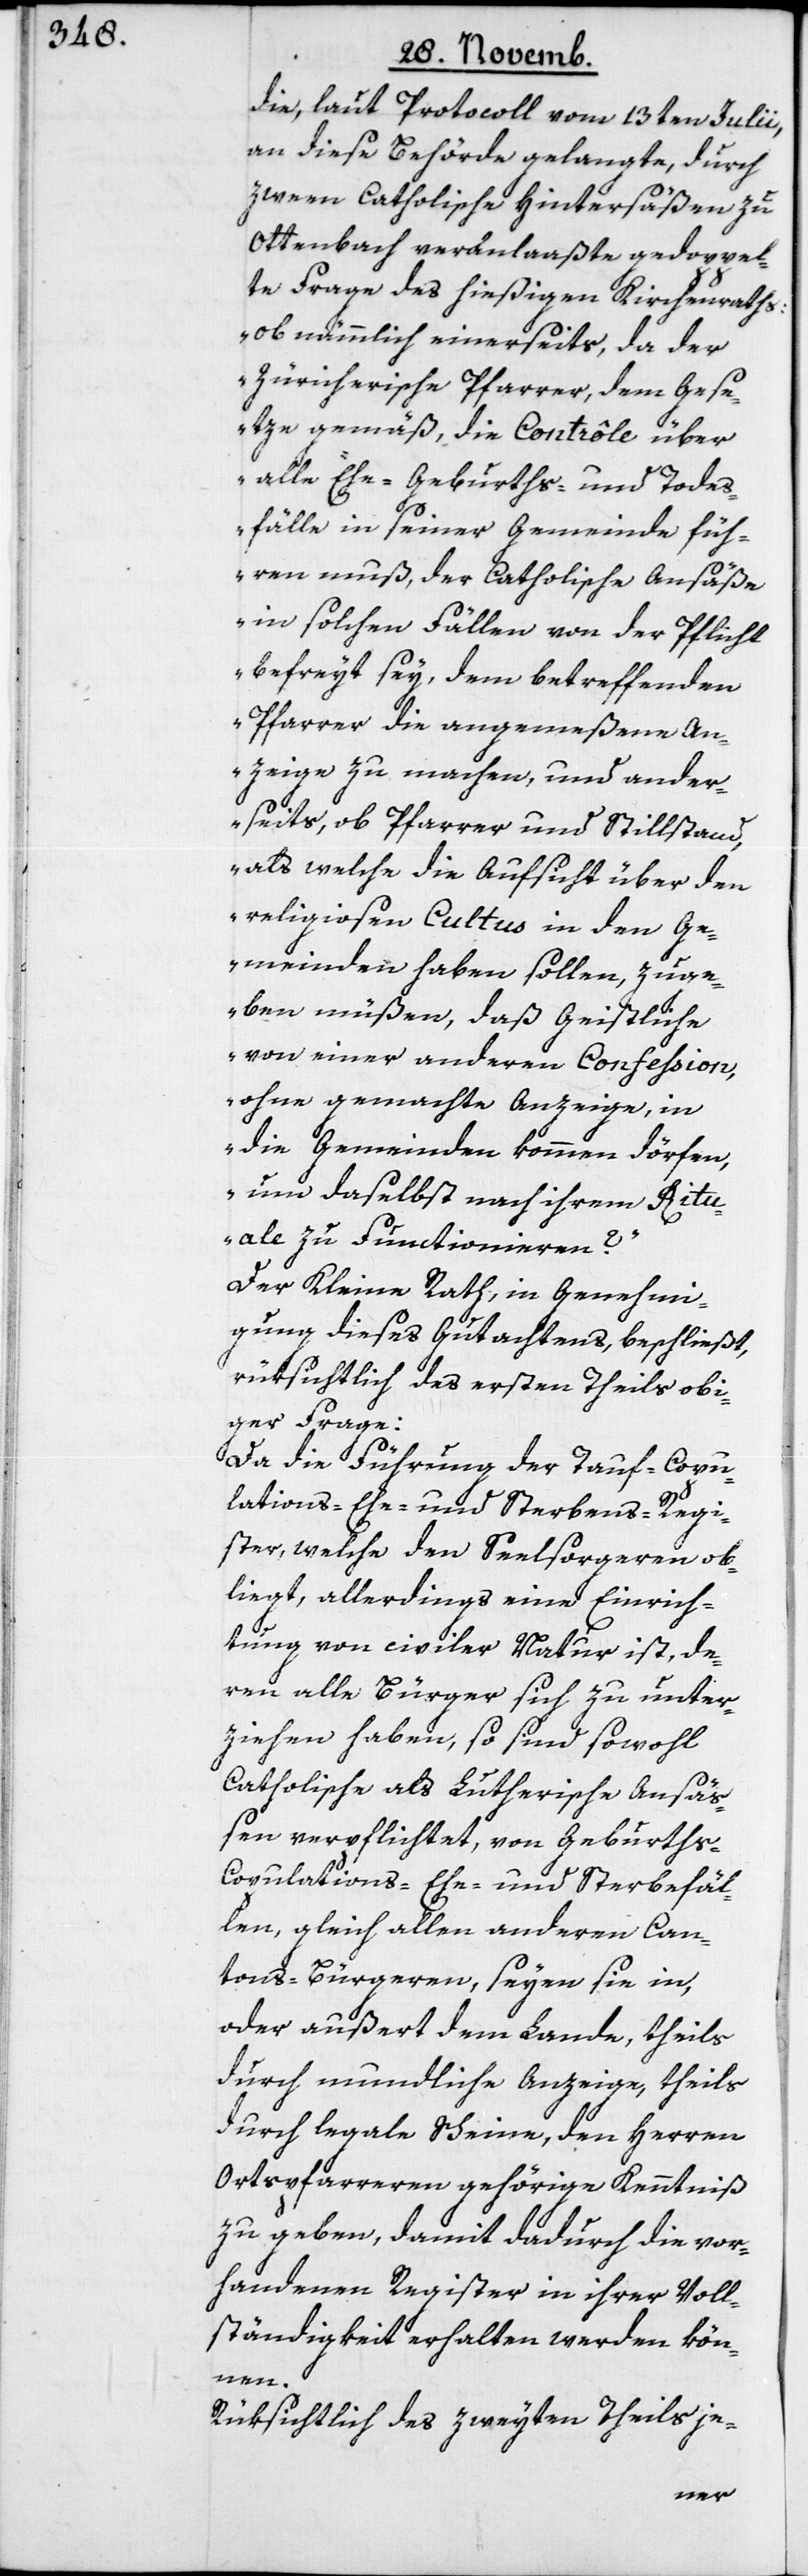
die, laut Protocoll vom 13ten Julii
an diese Behörde gelangte, durch
zween Catholische Hintersäßen zu
Ottenbach veranlaaßete gedoppel¬
te Frage des hießigen Kirchenraths:
„ob nämmlich einerseits, da der
zürcherische Pfarrer, dem Gese¬
tze gemäß, die Contrôle über
alle Ehe-, Geburths- und Todes¬
fälle in seiner Gemeinde füh¬
ren muß, der Catholische Ansäße
in solchen Fällen von der Pflicht
befreyt sey, dem betreffenden
Pfarrer die angemeßene An¬
zeige zu machen, und ander¬
seits, ob Pfarrer und Stillstand,
als welche die Aufsicht über den
religiosen Cultus in den Ge¬
meinden haben sollen, zuge¬
ben müßen, daß Geistliche
von einer andern Confession,
ohne gemachte Anzeige, in
die Gemeinden kommen dörfen,
um daselbst nach ihrem Ritu¬
ale zu Functionieren?“
Der Kleine Rath in Genehmi¬
gung dieses Gutachtens, beschließt,
rüksichtlich des ersten Theils obi¬
ger Frage:
Da die Führung der Tauf-, Copu¬
lations-, Ehe- und Sterbens-Regi¬
ster, welche den Seelsorgeren ob¬
liegt, allerdings eine Einrich¬
tung von civiler Natur ist, de¬
ren alle Bürger sich zu unter¬
ziehen haben, so sind sowohl
Catholische als Lutherische Ansäß¬
en verpflichtet, von Geburths-,
Copulations-, Ehe- und Sterbefäl¬
len, gleich allen anderen Can¬
tons-Bürgeren, seyen sie in,
oder außert dem Lande, theils
durch mundliche Anzeige, theils
durch legale Scheine, den Herren
Ortspfarreren gehörige Kenntniß
zu geben, damit dadurch die vor¬
handenen Register in ihrer Voll¬
ständigkeit erhalten werden kön¬
nen.
Rüksichtlich des zweyten Theils je-